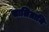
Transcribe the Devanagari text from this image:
सालिग्रामि